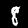
Digit: 8